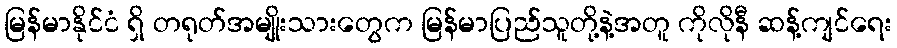
မြန်မာနိုင်ငံ ရှိ တရုတ်အမျိုးသားတွေက မြန်မာပြည်သူတို့နဲ့အတူ ကိုလိုနီ ဆန့်ကျင်ရေး